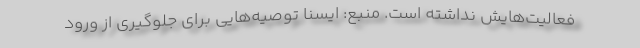
فعالیت‌هایش نداشته است. منبع: ایسنا توصیه‌هایی برای جلوگیری از ورود